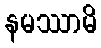
နမဿာမိ